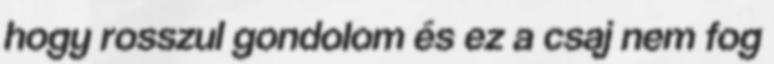
hogy rosszul gondolom és ez a csaj nem fog